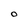
Character: O